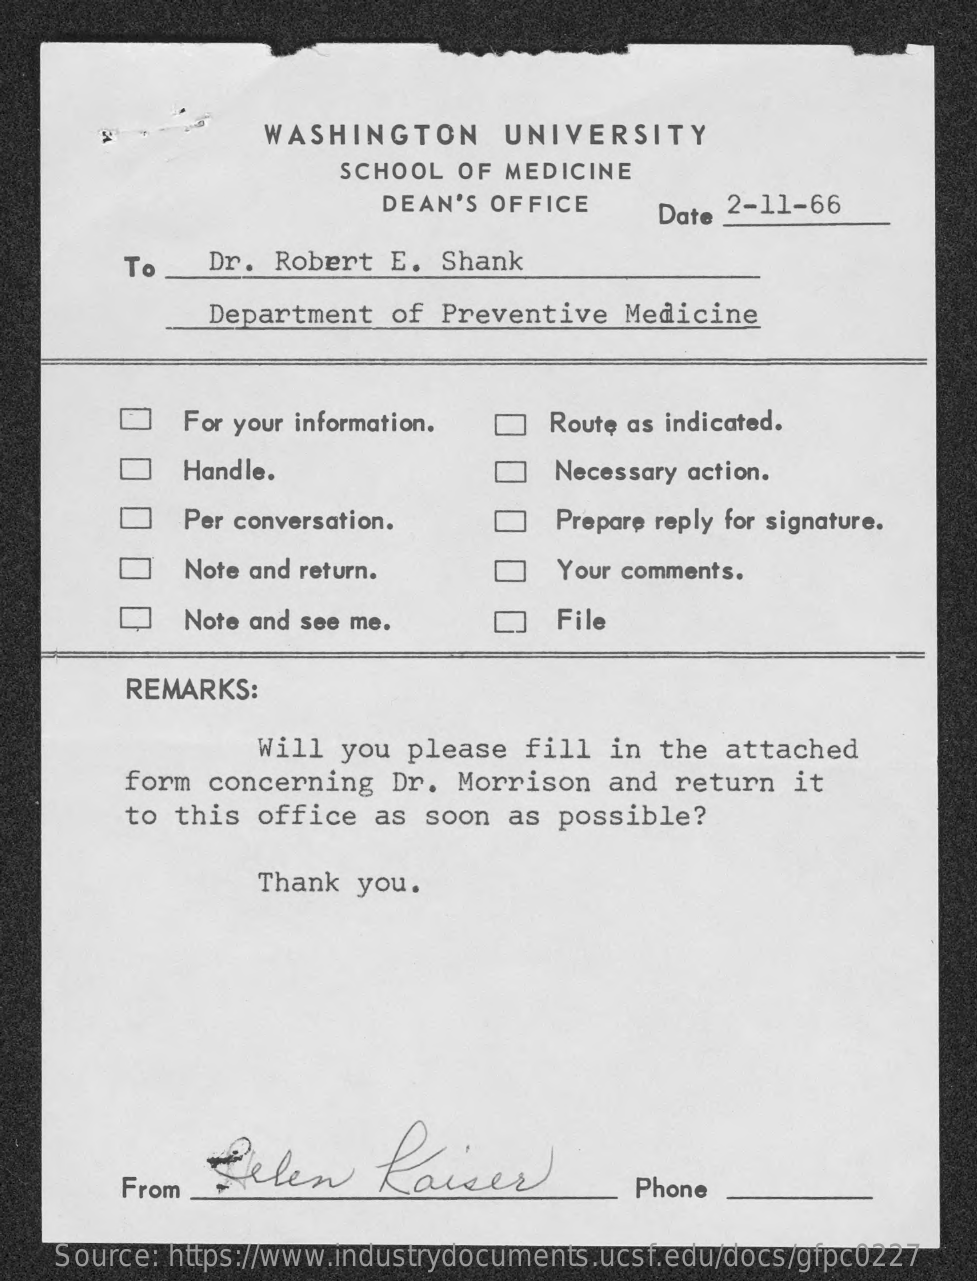
WASHINGTON    UNIVERSITY
     SCHOOL OF MEDICINE
     DEAN'S  OFFICE    Date 2-11-66
     To    Dr. Robert  E. Shank
     Department   of Preventive   Medicine
     For your information.   Route as indicated.
     Handle.    Necessary action.
     Per conversation.    Prepare reply for signature.
     Note and return.    Your comments.
     Note and see me.    File
     REMARKS:
     Will you  please  fill  in the  attached
     form concerning   Dr. Morrison   and return  it
     to this  office  as soon  as possible?
     Thank you.
     Zelen    Kaiser
     From    Phone
    Source: https://www.industrydocuments.ucsf.edu/docs/gfpc0227